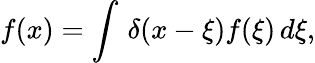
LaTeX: f(x)=\int\, \delta(x-\xi)f(\xi)\, d\xi,